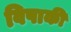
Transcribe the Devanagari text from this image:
विपाकी